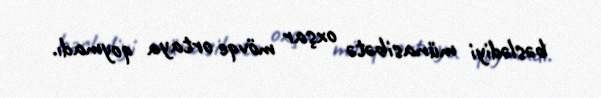
bəslədiyi münasibətə oxşar mövqe ortaya qoymadı.